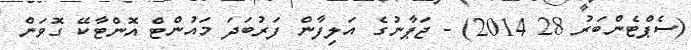
(ސެޕްޓެންބަރު 28 2014) - ޖަޕާނުގެ އަލިފާން ފަރުބަދަ މައުންޓް އޮންޓާކޭ ގޮވަން